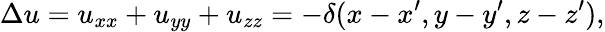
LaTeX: \Delta u=u_{xx}+u_{yy}+u_{zz}=-\delta(x-x^{\prime},y-y^{\prime},z-z^{\prime}),